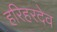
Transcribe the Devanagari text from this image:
हरिहरदेव